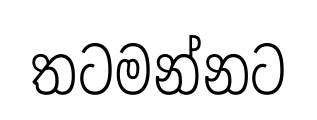
තටමන්නට